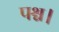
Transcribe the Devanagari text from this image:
पश्च।